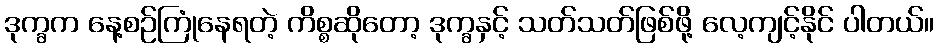
ဒုက္ခက နေ့စဉ်ကြုံနေရတဲ့ ကိစ္စဆိုတော့ ဒုက္ခနှင့် သတ်သတ်ဖြစ်ဖို့ လေ့ကျင့်နိုင် ပါတယ်။